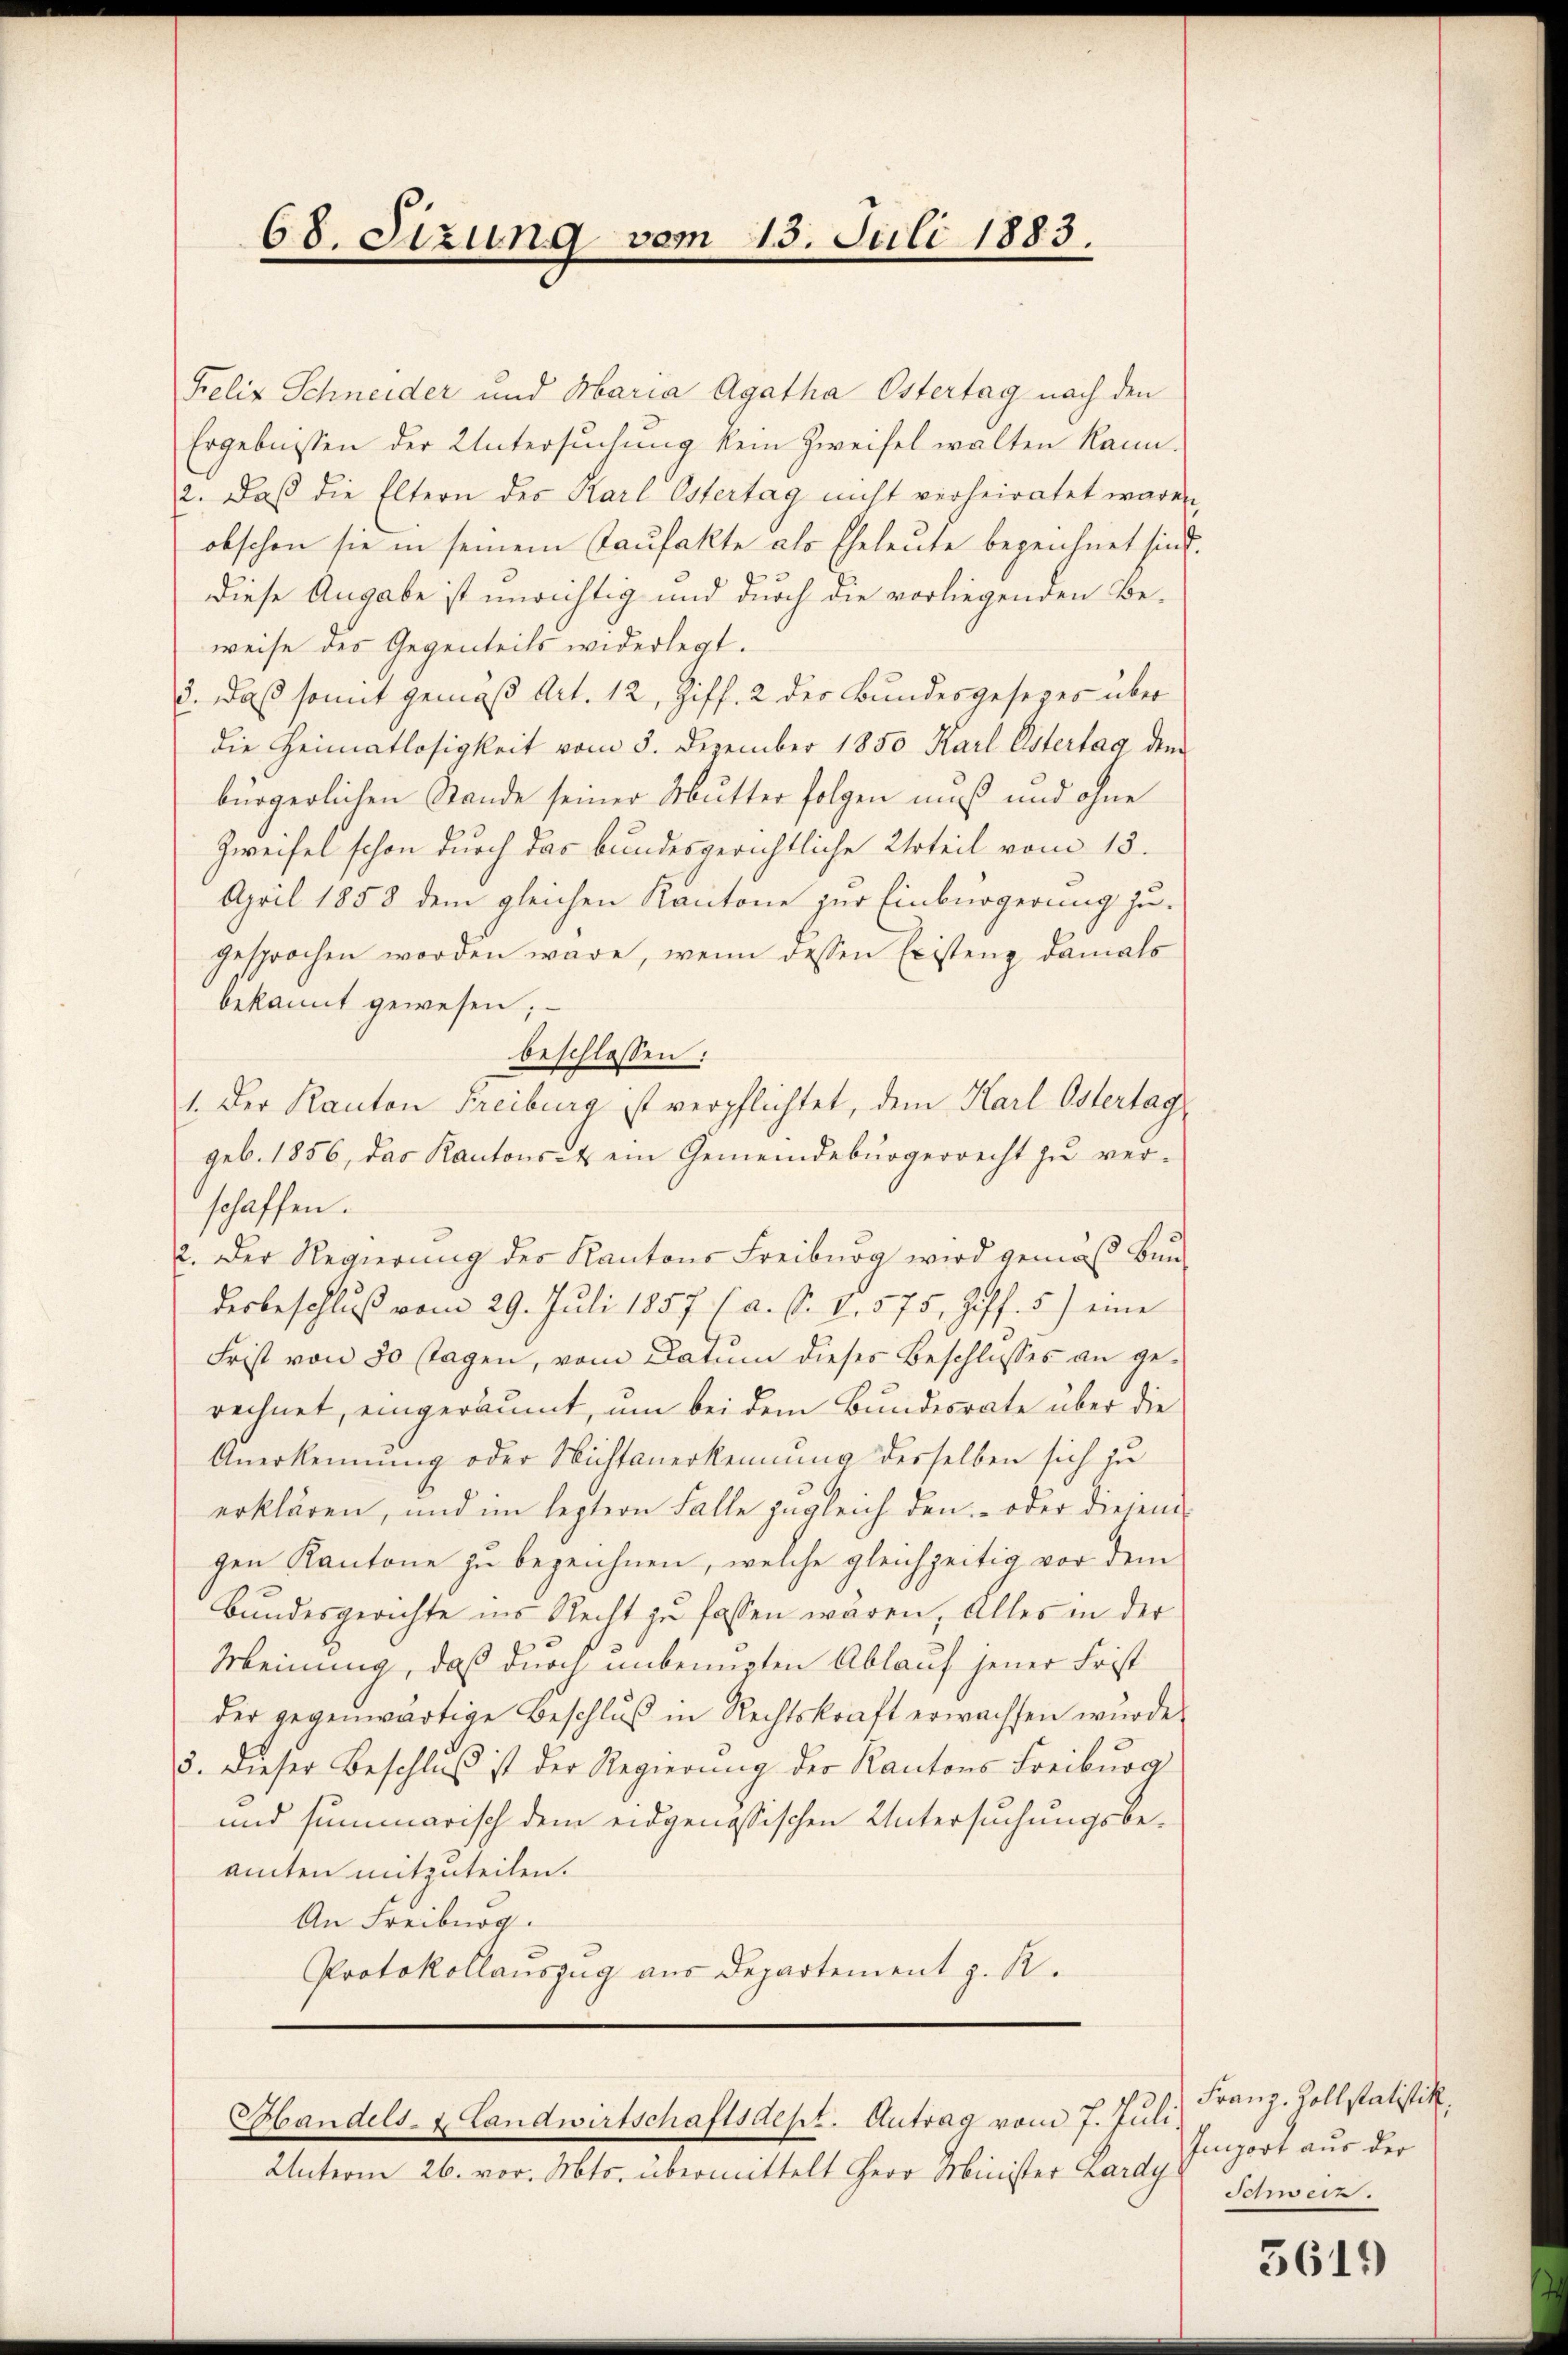
68. Sizung vom 13. Juli 1883.

Felix Schneider und Maria Agatha Ostertag nach den
Ergebnissen der Untersuchung kein Zweifel walten kann.
2. Daß die Eltern des Karl Ostertag nicht verheiratet wäre.
obschon sie in seinem Kaufakte als Eheleute bezeichnet sind.
diese Angabe ist unrichtig und durch die vorliegenden Be-
weise des Gegenteils widerlegt.
3. Daß somit gemäß Art. 12, Ziff. 2 der Bundesgesezes über
die Heimatlosigkeit vom 5. Dezember 1850 Karl Ostertag dem
bürgerlichen Stande seiner Mutter folgen muß und ohne
Zweifel schon durch das bundesgerichtliche Urteil vom 15.
April 1858 dem gleichen Kantone zur Einbürgerung zu-
gesprochen worden wäre, wenn dessen Existenz damals
bekannt gewesen;
beschlossen:
geb. 1856, das Kantons- & ein Gemeindebürgerrecht zŭ ver-
schaffen.
2. Der Regierung des Kantons Freiburg wird gemäß Bundesbeschluß vom 29. Juli 1857 l a. O. V. 575, Ziff. 5) eine
Frist von 30 stagen, vom Datum dieses Beschlusses an gerechnet, eingeräumt, um bei dem Bundesrate über die
Anerkennung oder Nichtanerkennung desselben sich zu
erklären, und im leztern Falle zugleich den oder diejen
gen Kantone zu bezeichnen, welche gleichzeitig vor dem
Bundesgerichte ins Recht zu fassen wären, alles in der
Meinung, daß durch unbeneten Ablauf jener Frist
der gegenwärtige Beschluß in Rechtskraft erwachsen wurde.
5. Dieser Beschluβ ist der Regierŭng der Kantons Freiburg
und summarisch dem eidgenössischen Untersuchungsbeamten mitzuteilen.
An Freiburg.
Protokollauszug aus Departement z. K.

1. Der Kanton Freiburg ist verpflichtet, dem Karl Ostertag

Handels- & Landwirtschaftsdept. Antrag vom 7. Juli

Unterm 26. vor. Mts. übermittelt Herr Minister Lardy

Franz. Zollstatistik.
Import aus der
Schweiz.

3619